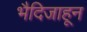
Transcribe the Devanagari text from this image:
भैदिजाहून